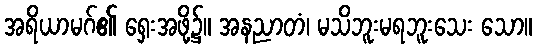
အရိယာမဂ်၏ ရှေးအဖို့၌။ အနညာတံ၊ မသိဘူးမရဘူးသေး သော။